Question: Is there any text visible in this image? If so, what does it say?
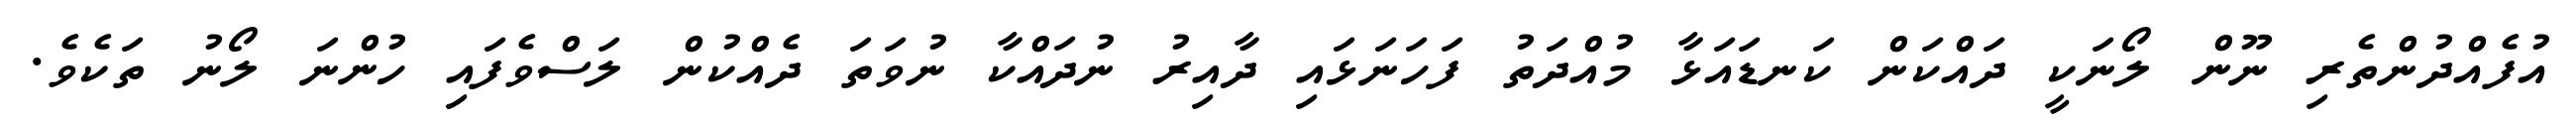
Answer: އުފެއްދުންތެރި ނޫން ލޯނަކީ ދައްކަން ކަނޑައަޅާ މުއްދަތު ފަހަނަޅައި ދާއިރު ނުދައްކާ ނުވަތަ ދެއްކުން ލަސްވެފައި ހުންނަ ލޯނު ތަކެވެ.